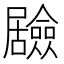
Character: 𭕻